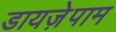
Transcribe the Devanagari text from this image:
डायजे़पाम